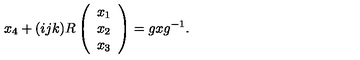
x _ { 4 } + ( i j k ) R \left( \begin{array} { c } { x _ { 1 } } \\ { x _ { 2 } } \\ { x _ { 3 } } \\ \end{array} \right) = g x g ^ { - 1 } .